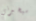
سيخبرني